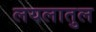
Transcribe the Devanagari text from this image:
लयलातुल